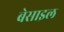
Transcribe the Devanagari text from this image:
बेसाइल